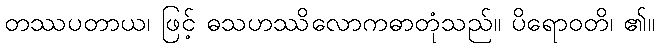
တဿပတာယ၊ ဖြင့် ဓသဟဿိလောကဓာတုံသည်။ ပိရောဝတိ၊ ၏။